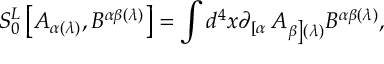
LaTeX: S _ { 0 } ^ { L } \left[ A _ { \alpha ( \lambda ) } , B ^ { \alpha \beta ( \lambda ) } \right] = \int d ^ { 4 } x \partial _ { \left[ \alpha \right. } A _ { \left. \beta \right] ( \lambda ) } B ^ { \alpha \beta ( \lambda ) } ,